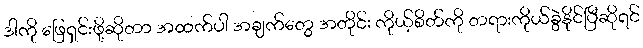
ဒါကို ဖြေရှင်းဖို့ဆိုတာ အထက်ပါ အချက်တွေ အတိုင်း ကိုယ့်စိတ်ကို တရားကိုယ်ခွဲနိုင်ပြီဆိုရင်